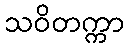
သဝိတက္ကာ